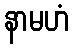
နာမဟံ